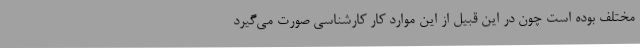
مختلف بوده است چون در این قبیل از این موارد کار کارشناسی صورت می‌گیرد